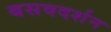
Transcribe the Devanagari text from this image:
बसवदर्शन